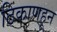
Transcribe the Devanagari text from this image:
ठिकाणहून